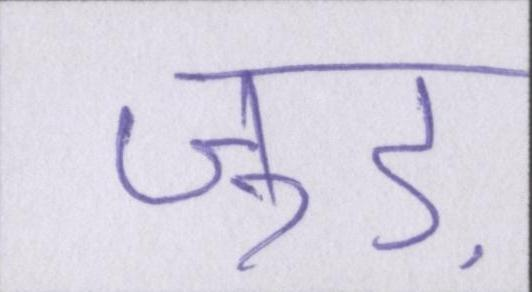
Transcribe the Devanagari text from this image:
जुड़